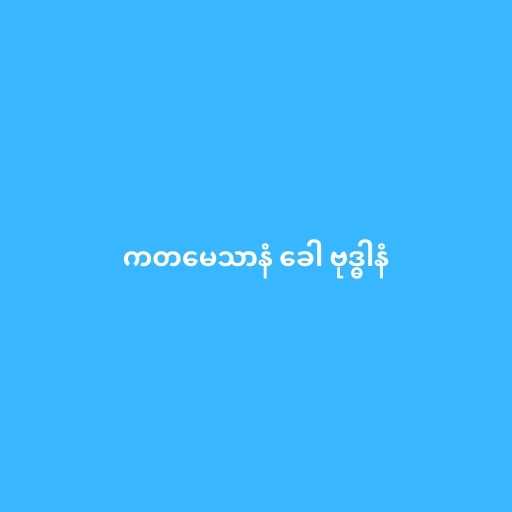
ကတမေသာနံ ခေါ ဗုဒ္ဓါနံ